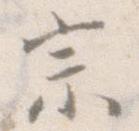
宗